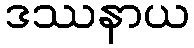
ဒဿနာယ